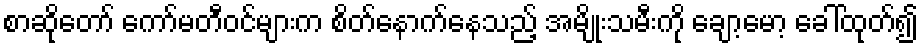
စာဆိုတော် ကော်မတီဝင်များက စိတ်နောက်နေသည့် အမျိုးသမီးကို ချော့မော့ ခေါ်ထုတ်၍